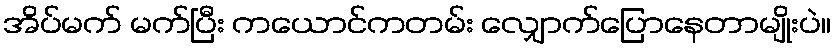
အိပ်မက် မက်ပြီး ကယောင်ကတမ်း လျှောက်ပြောနေတာမျိုးပဲ။